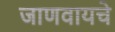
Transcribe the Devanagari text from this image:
जाणवायचे